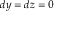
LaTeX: \scriptstyle d y \; = \; d z \; = \; 0